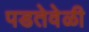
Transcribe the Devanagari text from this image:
पडतेवेळी